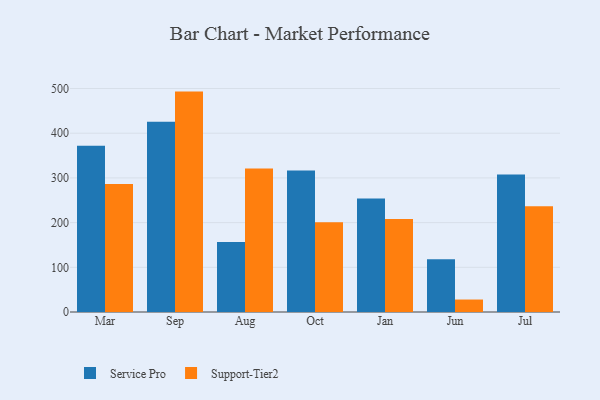
{"axis": {"x": "Month", "y": "Temperature (°C)"}, "legend": ["Service Pro", "Support-Tier2"], "data": [{"x": "Mar", "y": 372.0, "type": "Service Pro"}, {"x": "Mar", "y": 286.4, "type": "Support-Tier2"}, {"x": "Sep", "y": 425.7, "type": "Service Pro"}, {"x": "Sep", "y": 493.1, "type": "Support-Tier2"}, {"x": "Aug", "y": 156.4, "type": "Service Pro"}, {"x": "Aug", "y": 321.2, "type": "Support-Tier2"}, {"x": "Oct", "y": 316.5, "type": "Service Pro"}, {"x": "Oct", "y": 200.7, "type": "Support-Tier2"}, {"x": "Jan", "y": 253.9, "type": "Service Pro"}, {"x": "Jan", "y": 207.8, "type": "Support-Tier2"}, {"x": "Jun", "y": 118.2, "type": "Service Pro"}, {"x": "Jun", "y": 27.9, "type": "Support-Tier2"}, {"x": "Jul", "y": 307.9, "type": "Service Pro"}, {"x": "Jul", "y": 236.6, "type": "Support-Tier2"}]}